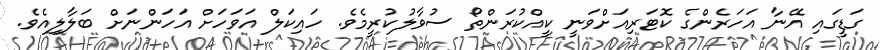
ގަޑީގައި އޭނާ އަހަރެންގެ ކޮޓަރިއަށްވަނީ ކީއްކުރަންތޯ ސުވާލުކުރީމެވެ. ހައިކަލް އަވަހަށް އަހަންނަށް ބަލާލިއެވެ.